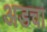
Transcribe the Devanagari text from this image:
अडचा